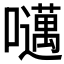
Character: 𫬱